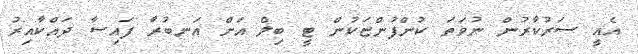
އެއީ ސަރުކާރުން ނުވަތަ ކުންފުންޏަކުން ޓީ ބިލް އަށް އަނބުރާ ފައިސާ ދައްކާއިރު